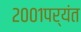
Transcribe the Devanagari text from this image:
२००१पर्यंत